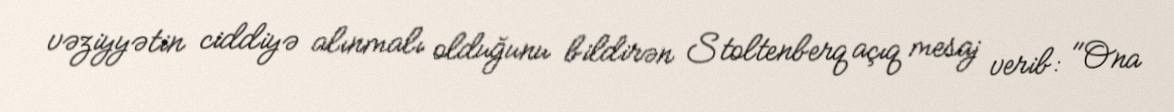
vəziyyətin ciddiyə alınmalı olduğunu bildirən Stoltenberq açıq mesaj verib: "Ona